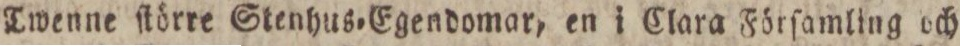
Twenne ſtörre Stenhus=Egendomar, en i Clara Förſamling och